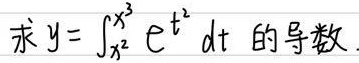
求\(y = \int_{x^{2}}^{x^{3}} e^{t^{2}} \mathrm{d}t\) 的导数.